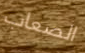
الصعاب